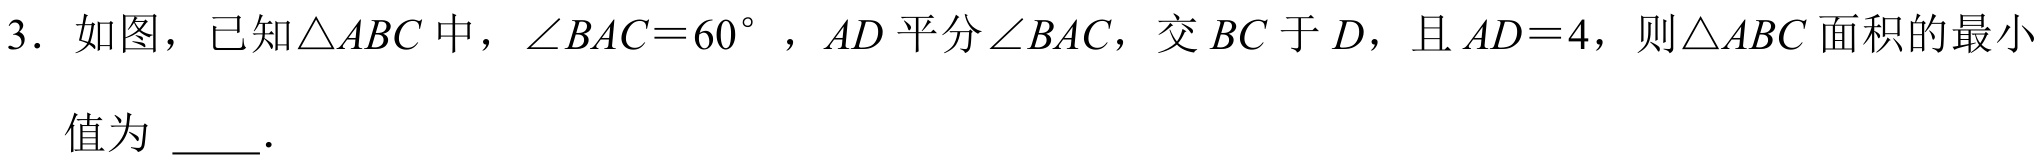
3. 如图，已知\(\triangle ABC\)中，\(\angle BAC = 60^{\circ}\)，\(AD\)平分\(\angle BAC\)，交\(BC\)于\(D\)，且\(AD = 4\)，则\(\triangle ABC\)面积的最小
值为 \(\underline{\quad\quad}\).